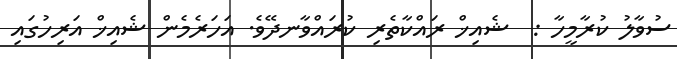
ސުވާލު ކުރާމީހާ :  ޝެއިޚް ރައްކާތެރި ކުރައްވާނދޭވެ. އަހަރެމެން ޝެއިޚް އަރިހުގައި